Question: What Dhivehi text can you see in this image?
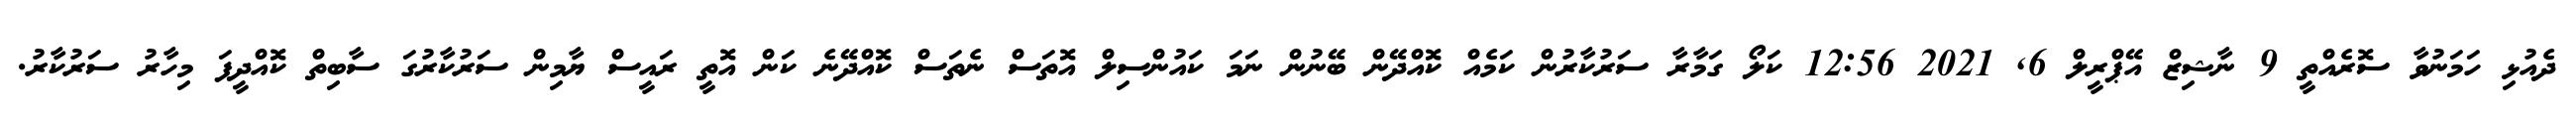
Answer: ދެއުޅި ހަމަނުވާ ސޮރެއްތީ 9 ނާޝިޒް އޭޕްރީލް 6, 2021 12:56 ކަލޯ ގަމާރާ ސަރުކާރުން ކަމެއް ކޮއްދޭން ބޭނުން ނަމަ ކައުންސިލް އޮތަސް ނެތަސް ކޮއްދޭނެ ކަން އޮތީ ރައީސް ޔާމިން ސަރުކާރުގަ ސާބިތް ކޮއްދީފަ މިހާރު ސަރުކާރު.